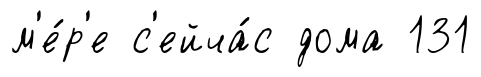
м'е́р'е с'ейча́с дома 131